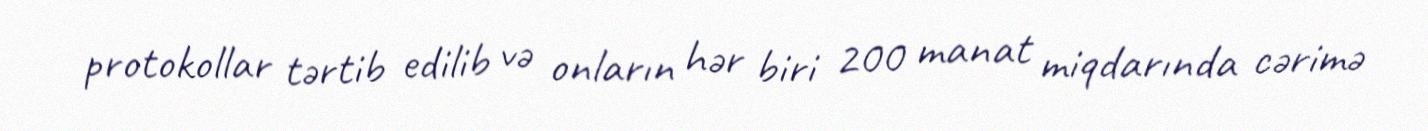
protokollar tərtib edilib və onların hər biri 200 manat miqdarında cərimə